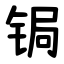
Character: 锔